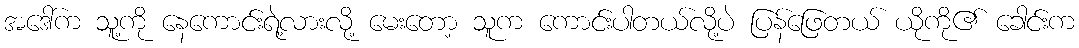
အဒေါ်က သူ့ကို နေကောင်းရဲ့လားလို့ မေးတော့ သူက ကောင်းပါတယ်လို့ပဲ ပြန်ဖြေတယ် ယိုကို၏ ခေါင်းက